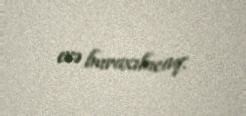
evə buraxılacaq.